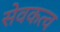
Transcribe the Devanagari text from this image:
सेवकत्व